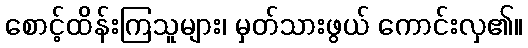
စောင့်ထိန်းကြသူများ၊ မှတ်သားဖွယ် ကောင်းလှ၏။